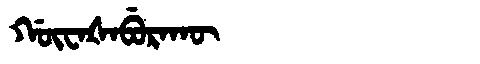
Manchu: ᡤᡡᠸᠠᡧᠠᠪᡠᡵᠠᡴᡡ
Romanization: GŪWAŠABURAKŪ